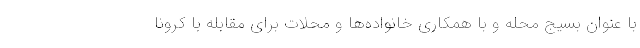
با عنوان بسیج محله و با همکاری خانواده‌ها و محلات برای مقابله با کرونا